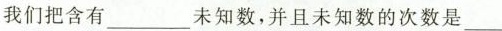
我们把含有___未知数，并且未知数的次数是___